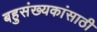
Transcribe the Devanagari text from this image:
बहुसंख्यकांसाठी